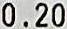
0.20